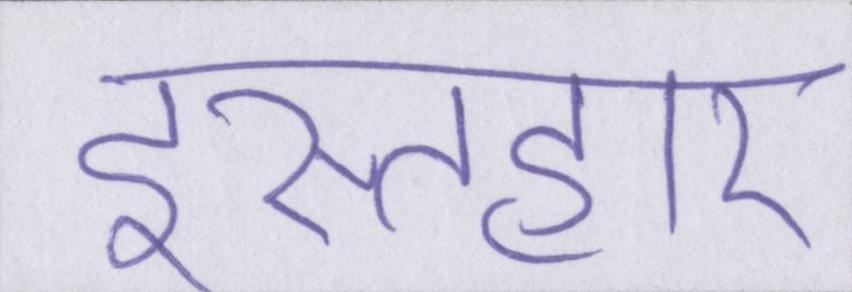
इस्तहार